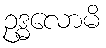
ဥဒ္ဓလောမိ